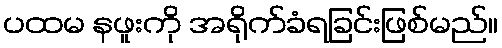
ပထမ နဖူးကို အရိုက်ခံရခြင်းဖြစ်မည်။